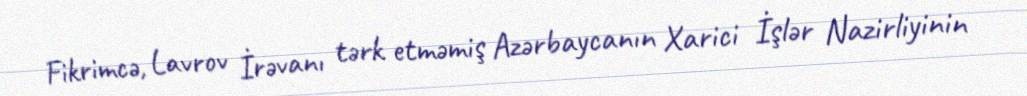
Fikrimcə, Lavrov İrəvanı tərk etməmiş Azərbaycanın Xarici İşlər Nazirliyinin